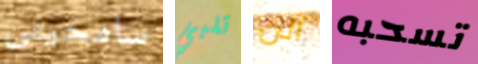
سامحينى تلبي آلن تسحبه